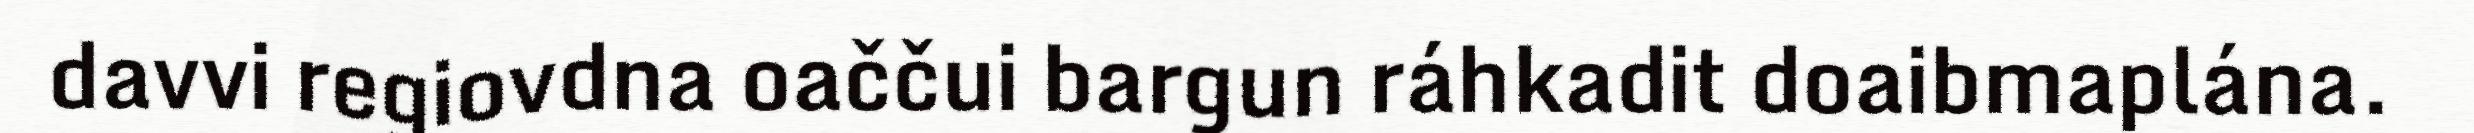
davvi regiovdna oaččui bargun ráhkadit doaibmaplána.